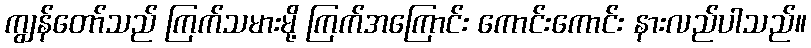
ကျွန်တော်သည် ကြက်သမားမို့ ကြက်အကြောင်း ကောင်းကောင်း နားလည်ပါသည်။